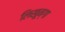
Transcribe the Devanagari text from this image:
लिखून्गा